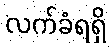
လက်ခံရရှိ